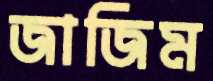
জাজিম